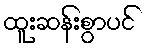
ထူးဆန်းစွာပင်